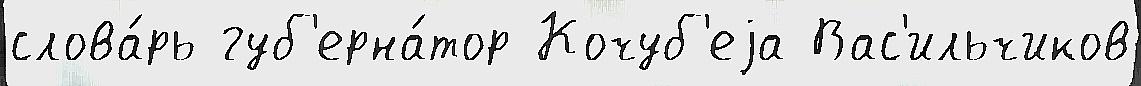
слова́рь губ'ерна́тор Кочуб'еjа Вас'ильчиков